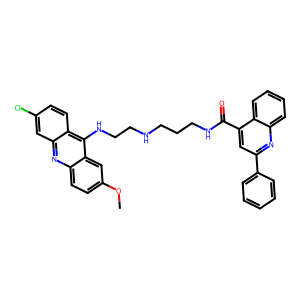
SMILES: COc1ccc2nc3cc(Cl)ccc3c(NCCNCCCNC(=O)c3cc(-c4ccccc4)nc4ccccc34)c2c1
Inhibits HIV replication: No